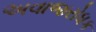
અવાજરોધક